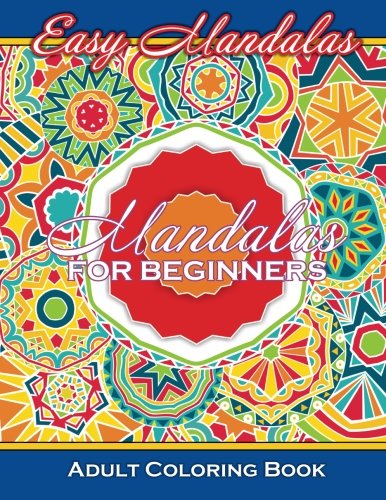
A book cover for Easy Mandalas Mandalas For Beginners Adult Coloring Book (Sacred Mandala Designs and Patterns Coloring Books for Adults) (Volume 81); Lilt Kids Coloring Books; Religion & Spirituality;